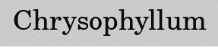
Chrysophyllum